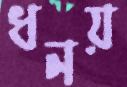
ধনয়